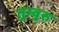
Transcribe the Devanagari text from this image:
तुम्वुरु